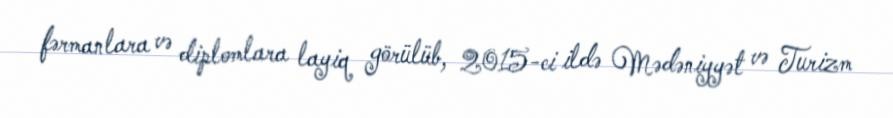
fərmanlara və diplomlara layiq görülüb, 2015-ci ildə Mədəniyyət və Turizm